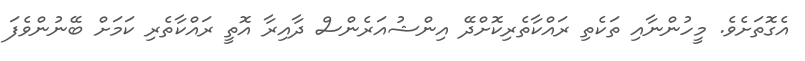
އެގޮތަށެވެ. މީހުންނާއި ތަކެތި ރައްކާތެރިކޮށްދޭ އިންޝުއަރެންސް ދާއިރާ އޮތީ ރައްކާތެރި ކަމަށް ބޭނުންވެފަ